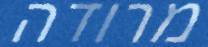
מרודה